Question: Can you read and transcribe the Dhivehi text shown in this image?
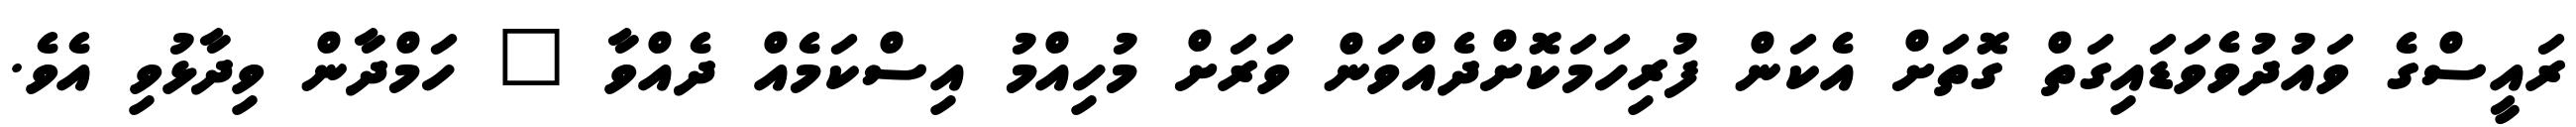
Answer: ރައީސްގެ ވައުދުވެވަޑައިގަތް ގޮތަށް އެކަން ފުރިހަމަކޮށްދެއްވަން ވަރަށް މުހިއްމު އިސްކަމެއް ދެއްވާ " ހަމްދާން ވިދާޅުވި އެވެ.